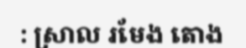
: ស្រាល រមែង តោង